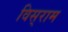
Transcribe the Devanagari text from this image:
विस्‌राम